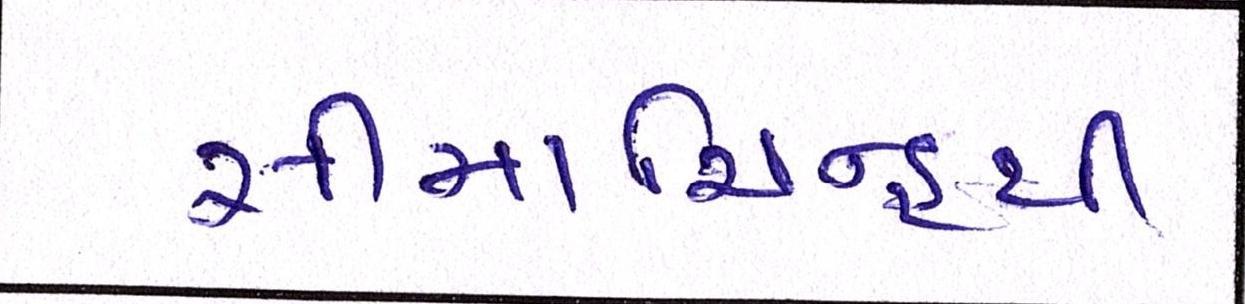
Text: સીમાચિન્હથી